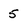
Character: 5